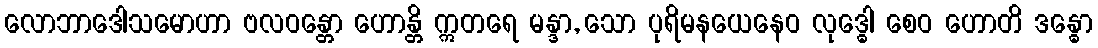
လောဘာဒေါသမောဟာ ဗလဝန္တော ဟောန္တိ ဣတရေ မန္ဒာ, သော ပုရိမနယေနေဝ လုဒ္ဓေါ စေဝ ဟောတိ ဒန္ဓော